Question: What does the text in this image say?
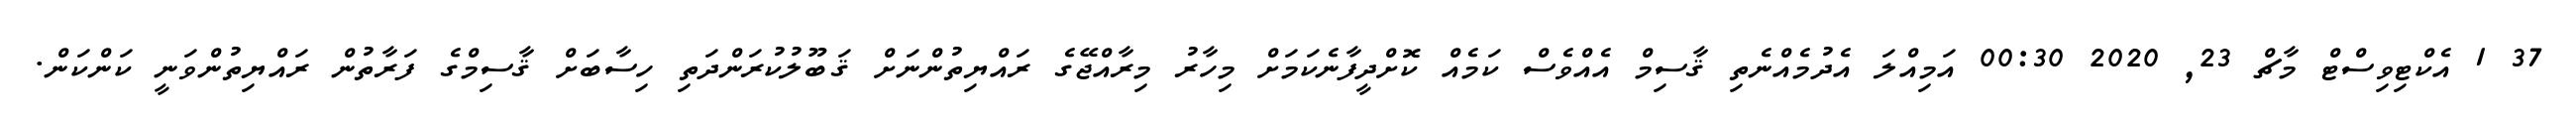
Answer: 37 1 އެކްޓިވިސްޓް މާޗް 23, 2020 00:30 އަމިއްލަ އެދުމެއްނެތި ޤާސިމް އެއްވެސް ކަމެއް ކޮށްދީފާނެކަމަށް މިހާރު މިރާއްޖޭގެ ރައްޔިތުންނަށް ޤަބޫލުކުރަންދަތި ހިސާބަށް ޤާސިމްގެ ފަރާތުން ރައްޔިތުންވަނީ ކަންކަން.